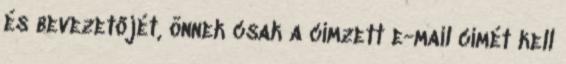
és bevezetőjét, önnek csak a címzett e-mail címét kell